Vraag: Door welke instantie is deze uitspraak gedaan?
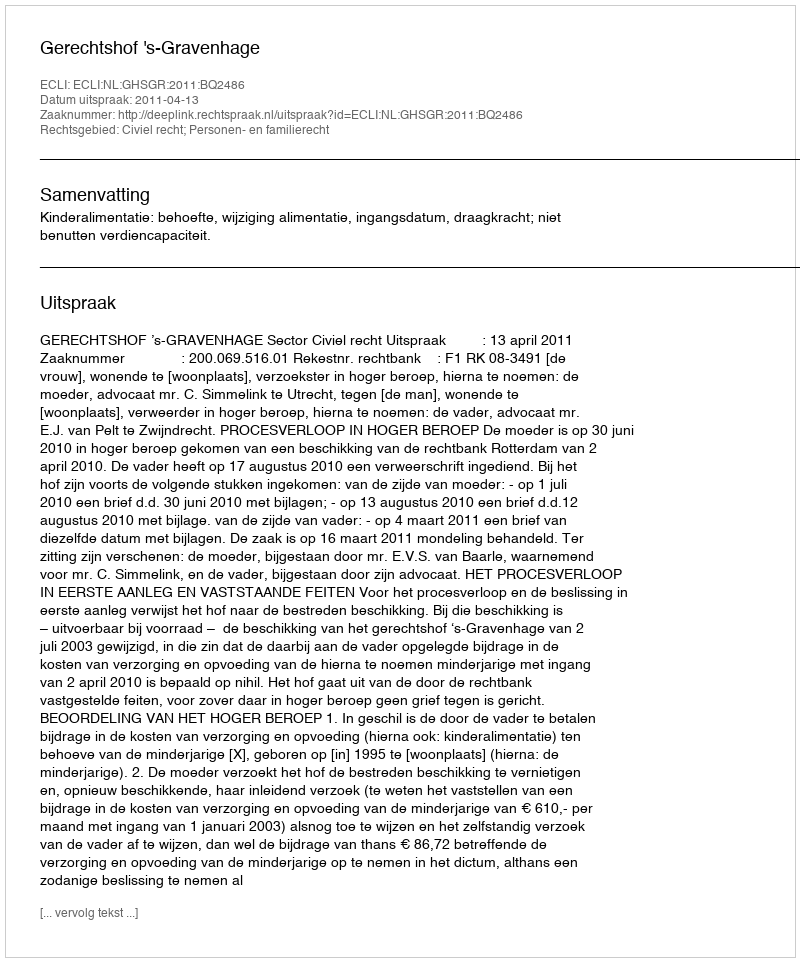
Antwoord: Gerechtshof 's-Gravenhage